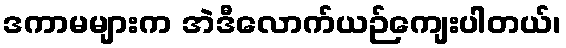
ဒကာမများက အဲဒီလောက်ယဉ်ကျေးပါတယ်၊